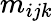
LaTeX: m_{ijk}